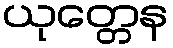
ယုတ္တေန